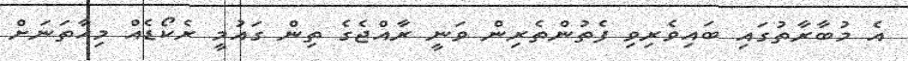
އެ މުބާރާތުގައި ބައިވެރިވި ފެތުންތެރިން ވަނީ ރާއްޖެގެ ތިން ގައުމީ ރެކޯޑެއް މިހާތަނަށް